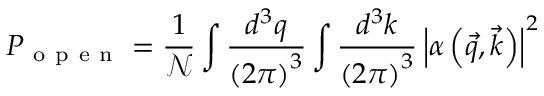
P _ { \mathrm { ~ o ~ p ~ e ~ n ~ } } = \frac { 1 } { \mathcal { N } } \int \frac { d ^ { 3 } q } { \left( 2 \pi \right) ^ { 3 } } \int \frac { d ^ { 3 } k } { \left( 2 \pi \right) ^ { 3 } } \left| \alpha \left( \vec { q } , \vec { k } \right) \right| ^ { 2 }